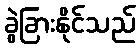
ခွဲခြားနိုင်သည်